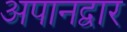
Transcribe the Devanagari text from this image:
अपानद्वार